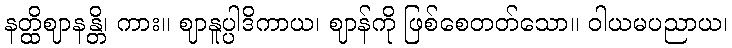
နတ္ထိဈာနန္တိ၊ ကား။ ဈာနူပ္ပါဒိကာယ၊ ဈာန်ကို ဖြစ်စေတတ်သော။ ဝါယမပညာယ၊